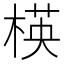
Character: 楧